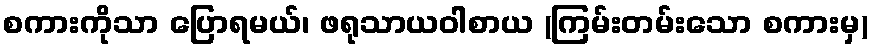
စကားကိုသာ ပြောရမယ်၊ ဖရုသာယဝါစာယ (ကြမ်းတမ်းသော စကားမှ)